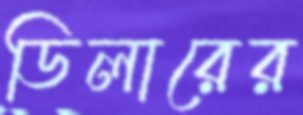
ডিলারের